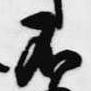
不